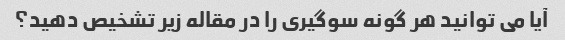
آیا می توانید هر گونه سوگیری را در مقاله زیر تشخیص دهید؟